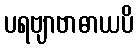
ပရဗျာဗာဓာယပိ